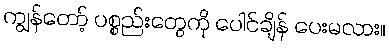
ကျွန်တော့် ပစ္စည်းတွေကို ပေါင်ချိန် ပေးမလား။